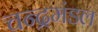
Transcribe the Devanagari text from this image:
चन्द्रमंडल